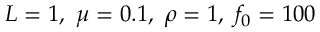
L = 1 , \ \mu = 0 . 1 , \ \rho = 1 , \ f _ { 0 } = 1 0 0